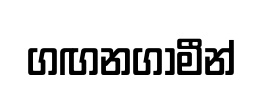
ගඟනගාමීන්